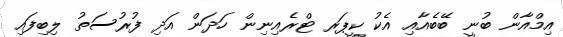
އިމްއާން ބުނީ ބޭބެއާއި އެކު ކީޕަރ ޓްރެއިނިން ހަދަން އަދި ފުރުސަތު ލިބިފައި